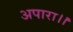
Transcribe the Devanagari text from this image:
अपारा।।